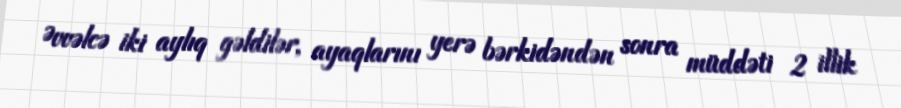
Əvvəlcə iki aylıq gəldilər, ayaqlarını yerə bərkidəndən sonra müddəti 2 illik